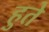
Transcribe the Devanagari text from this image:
हुते